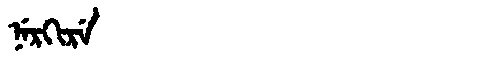
Manchu: ᠨᡝᡵᡴᡳᡵᡝ
Romanization: NERKIRE